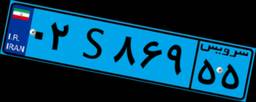
۰۲S۸۶۹۵۵